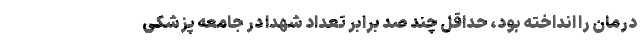
درمان را انداخته بود، حداقل چند صد برابر تعداد شهدا در جامعه پزشکی